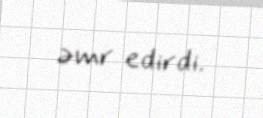
əmr edirdi.